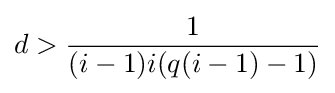
d>{\frac {1}{(i-1)i(q(i-1)-1)}}